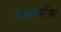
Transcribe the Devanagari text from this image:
एेकनार्याला